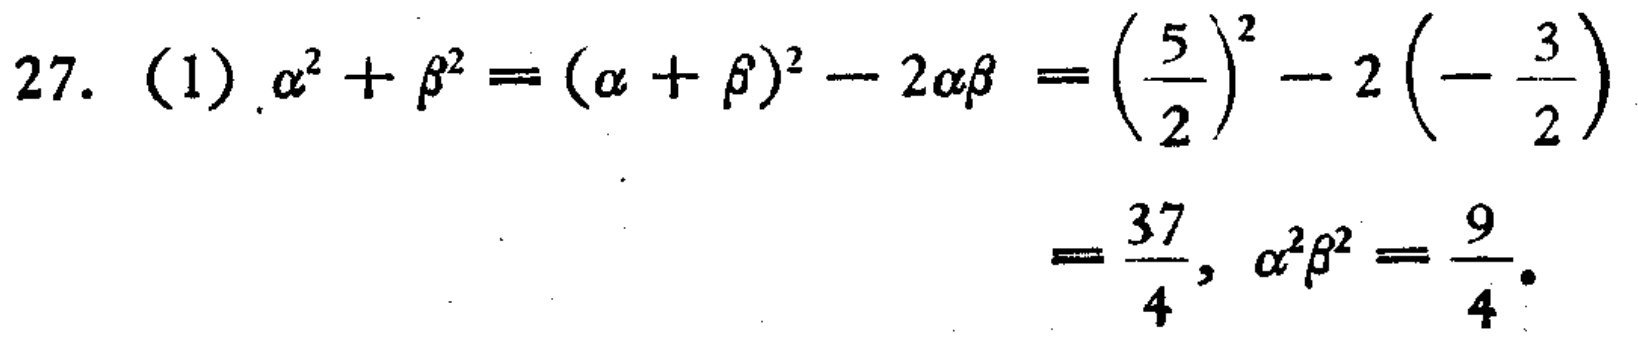
27. （1）$\alpha^{2}+\beta^{2}=(\alpha + \beta)^{2}-2\alpha\beta=\left(\frac{5}{2}\right)^{2}-2\left(-\frac{3}{2}\right)$
$=\frac{37}{4},\ \alpha^{2}\beta^{2}=\frac{9}{4}.$